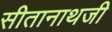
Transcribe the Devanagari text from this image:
सीतानाथजी